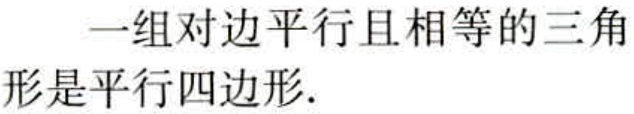
一组对边平行且相等的三角形是平行四边形.